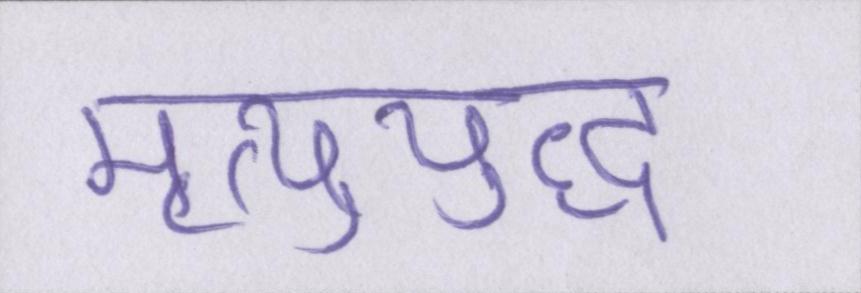
मृत्युयुद्ध